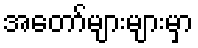
အတော်များများမှာ